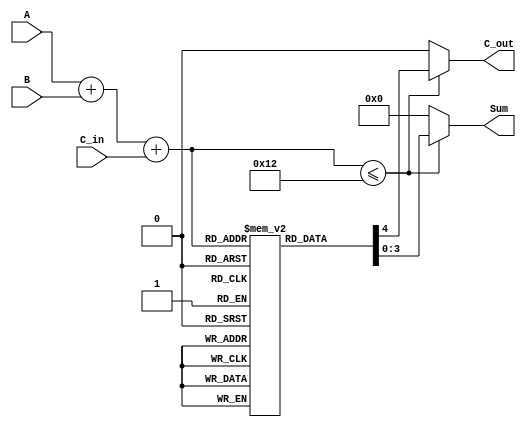
module BCD_LUT_Adder (
    input [3:0] A,       // First BCD digit
    input [3:0] B,       // Second BCD digit
    input C_in,          // Carry-in
    output reg [3:0] Sum, // BCD sum output
    output reg C_out      // Carry-out
);

    // Intermediate sum
    wire [4:0] S;
    assign S = A + B + C_in; // 5-bit sum to accommodate carry

    // Look-Up Table for BCD correction
    reg [4:0] LUT [0:18]; // LUT for sums from 0 to 18

    initial begin
        // Initialize the Look-Up Table
        // Format: LUT[sum] = {C_out, BCD_output}
        // Where C_out is the carry out and BCD_output is the valid BCD result
        LUT[0]  = 5'b00000; // 0
        LUT[1]  = 5'b00001; // 1
        LUT[2]  = 5'b00010; // 2
        LUT[3]  = 5'b00011; // 3
        LUT[4]  = 5'b00100; // 4
        LUT[5]  = 5'b00101; // 5
        LUT[6]  = 5'b00110; // 6
        LUT[7]  = 5'b00111; // 7
        LUT[8]  = 5'b01000; // 8
        LUT[9]  = 5'b01001; // 9
        LUT[10] = 5'b01010; // 10
        LUT[11] = 5'b01011; // 11
        LUT[12] = 5'b01100; // 12
        LUT[13] = 5'b01101; // 13
        LUT[14] = 5'b01110; // 14
        LUT[15] = 5'b01111; // 15
        LUT[16] = 5'b10000; // 16
        LUT[17] = 5'b10001; // 17
        LUT[18] = 5'b10010; // 18
    end

    always @* begin
        // Access the LUT based on the sum
        if (S <= 18) begin
            Sum = LUT[S][3:0];   // BCD output
            C_out = LUT[S][4];   // Carry-out
        end else begin
            Sum = 4'b0000;        // Default case (should not happen)
            C_out = 1'b0;         // Default case (should not happen)
        end
    end

endmodule